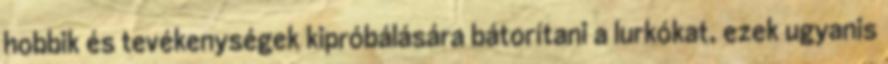
hobbik és tevékenységek kipróbálására bátorítani a lurkókat, ezek ugyanis